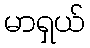
မာရှယ်